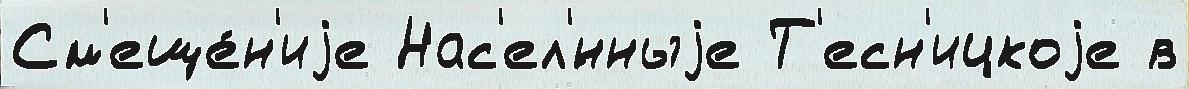
См'еще́н'иjе Нас'ел'́нныjе Т'есн'ицкоjе в